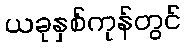
ယခုနှစ်ကုန်တွင်